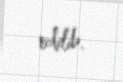
edilib.